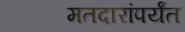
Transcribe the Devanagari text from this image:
मतदारांपर्यंत